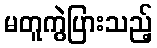
မတူကွဲပြားသည့်